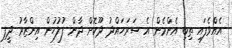
އެއްވެފައި ތިބި އެންމެން އެ ސަރަހައްދު ދޫކޮށް ދާން ފުލުހުން އިންޒާރު ދީފި